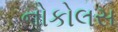
નોકોલસ